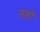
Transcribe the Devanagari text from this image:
सलों